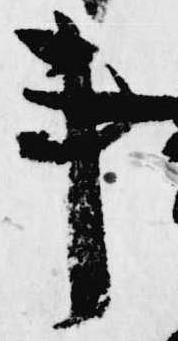
事